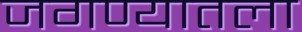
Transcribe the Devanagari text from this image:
जगण्यातला